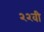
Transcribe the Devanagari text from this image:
२२वी